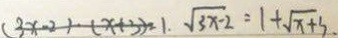
( 3 x - 2 ) \cdot ( x + 3 ) = 1 . \sqrt { 3 x - 2 } = 1 + \sqrt { x + 3 }